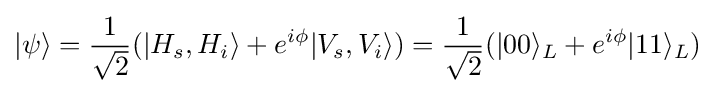
|\psi \rangle ={\frac {1}{\sqrt {2}}}(|H_{s},H_{i}\rangle +e^{i\phi }|V_{s},V_{i}\rangle )={\frac {1}{\sqrt {2}}}(|00\rangle _{L}+e^{i\phi }|11\rangle _{L})